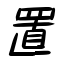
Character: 置